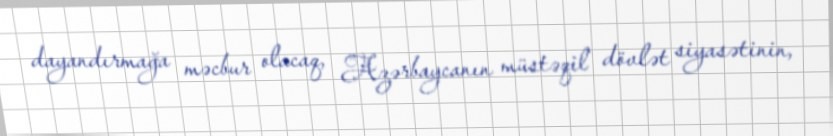
dayandırmağa məcbur olacaq, Azərbaycanın müstəqil dövlət siyasətinin,